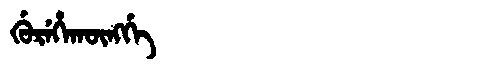
Manchu: ᡤᡠᡵᡝᡥᠠᡴᡡᠩᡤᡝ
Romanization: GUREHAKŪNGGE